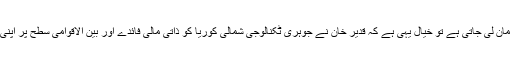
لہذا اگر ان دونوں لیڈروں کی بات مان لی جاتی ہے تو خیال یہی ہے کہ قدیر خان نے جوہری ٹکنالوجی شمالی کوریا کو ذاتی مالی فائدے اور بین الاقوامی سطح پر اپنی ساکھ بڑھانے کیلئے فروخت کی۔